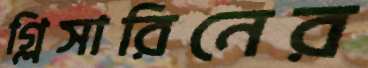
গ্লিসারিনের